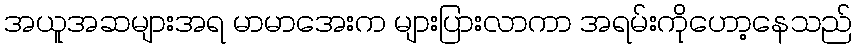
အယူအဆများအရ မာမာအေးက များပြားလာကာ အရမ်းကိုဟော့နေသည်